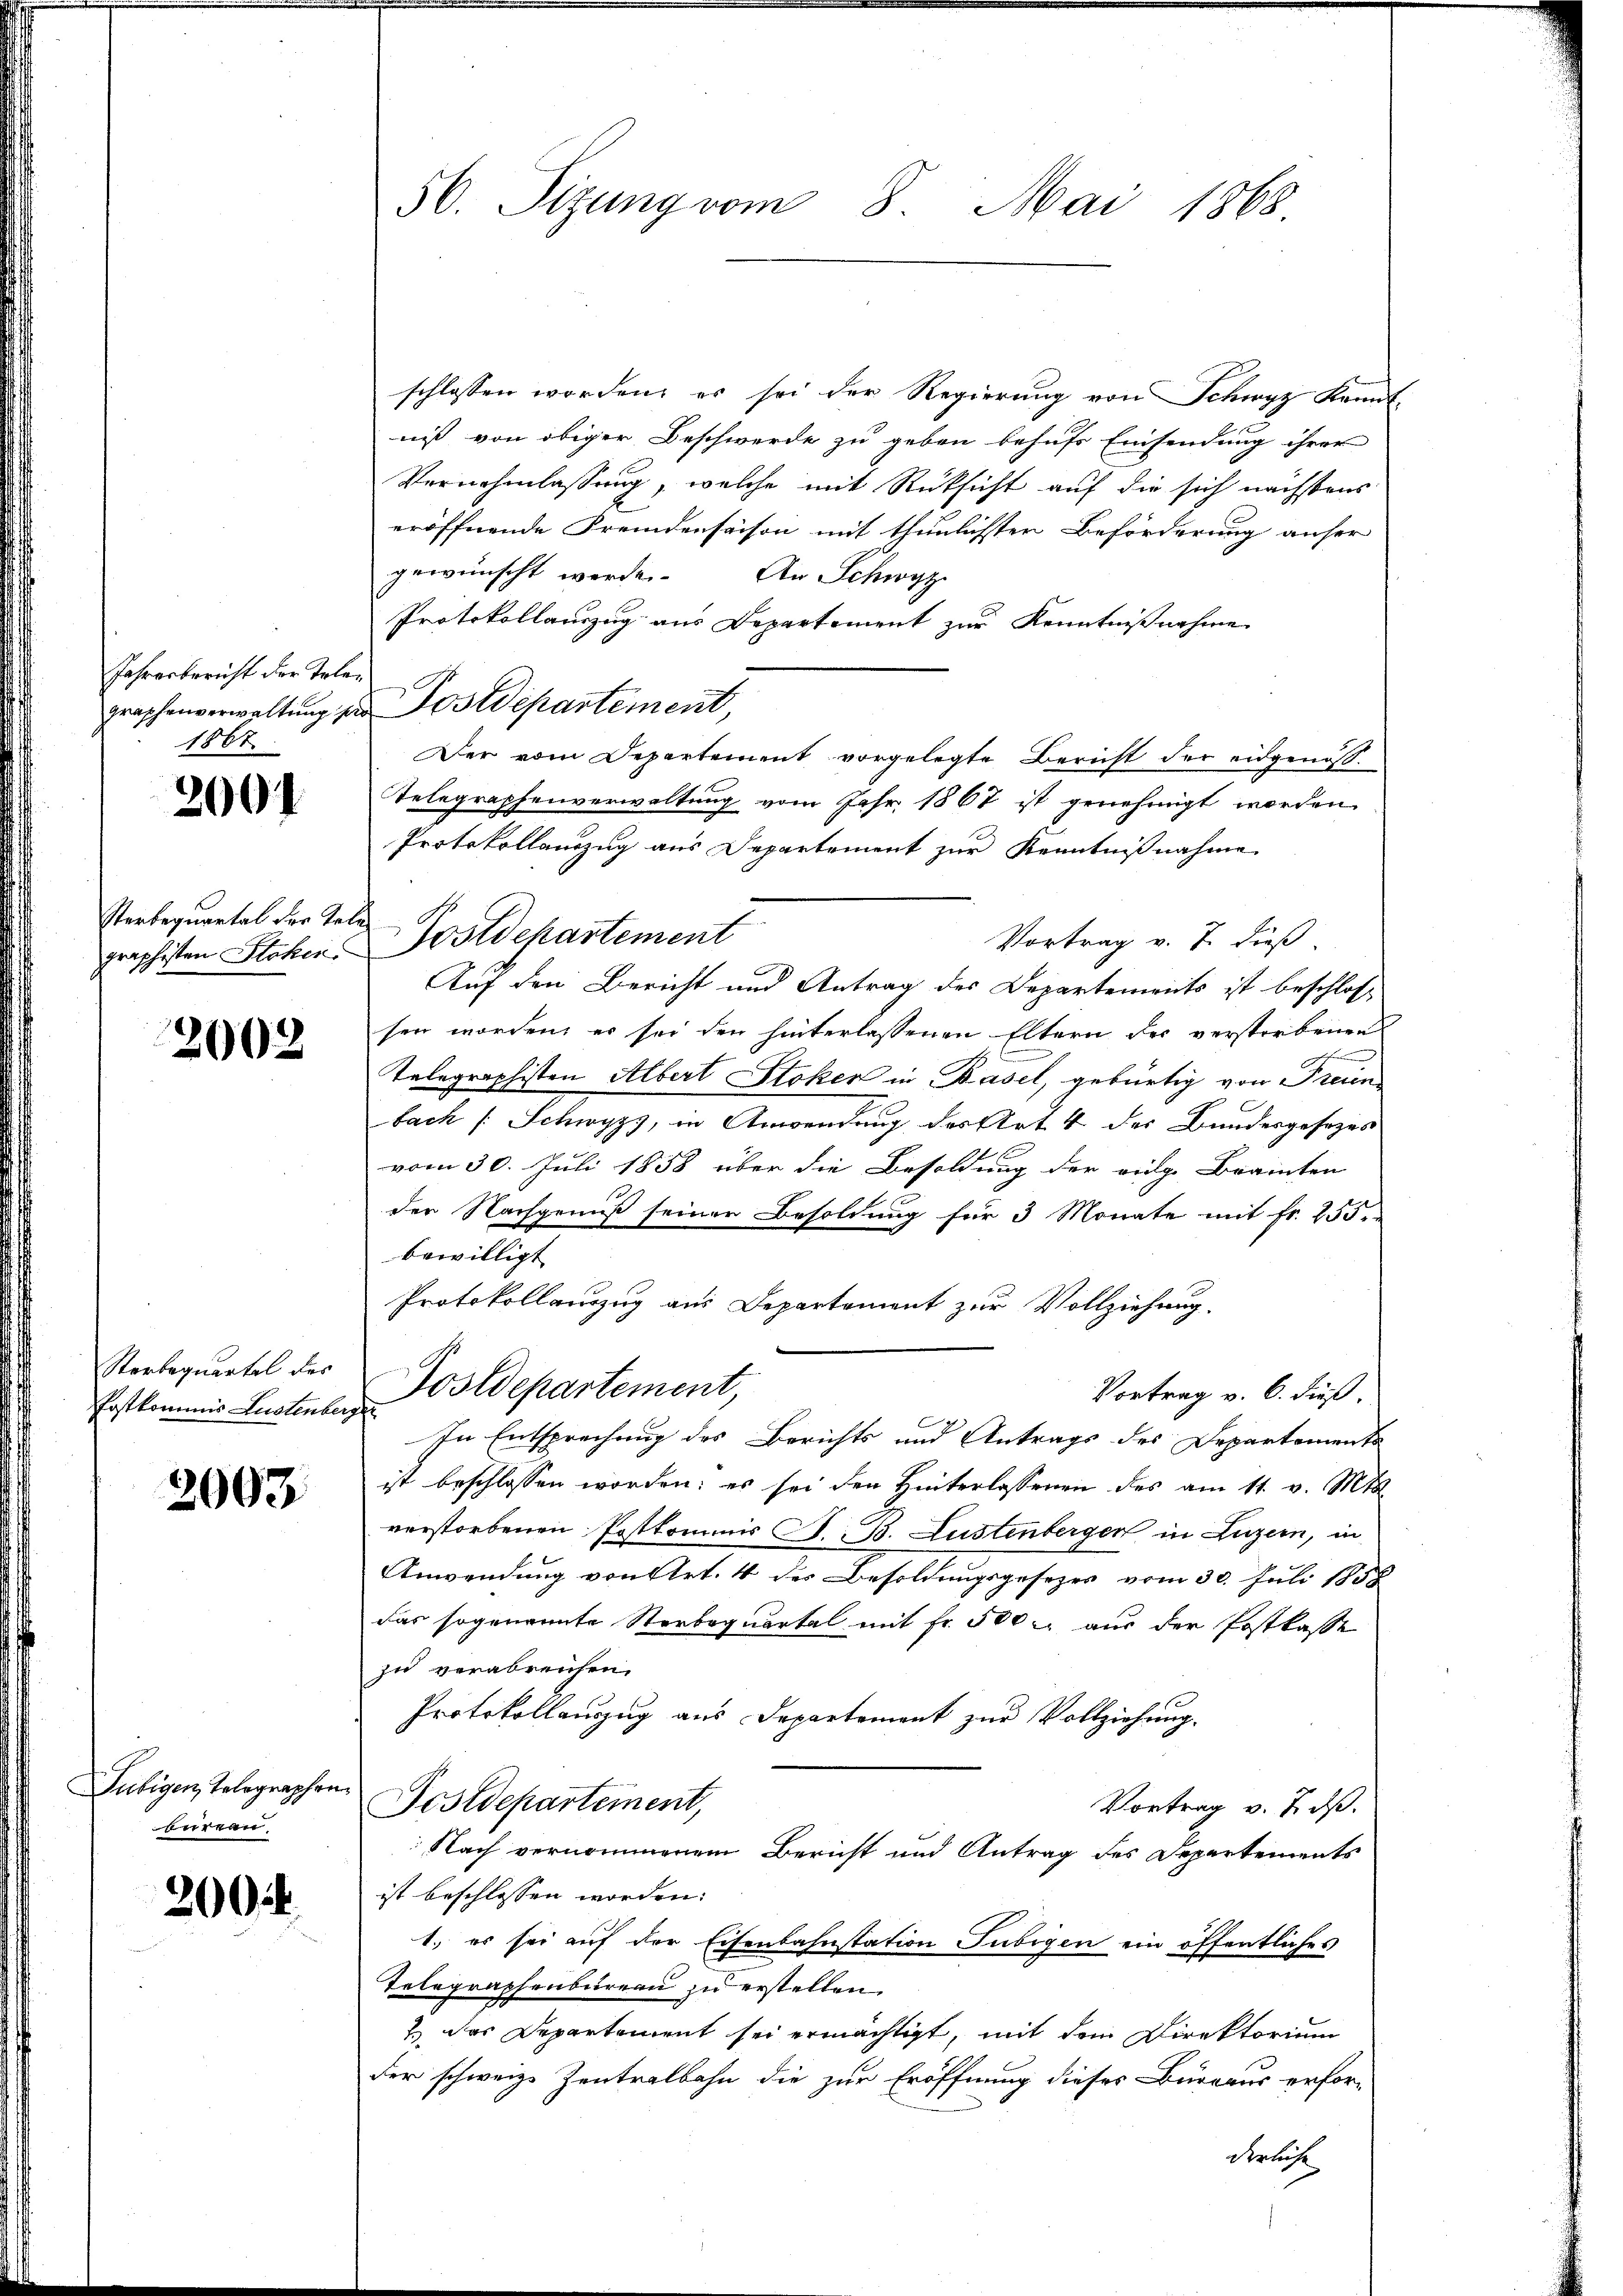
Jahresbericht der Tele¬
1867

2001

Sterbequartal der Tele¬

2002

Sterbequartel des
Fostkommis Lustenberger

2003

Subigen, Telegraphen
büren.

200 f

56. Sizung vom 8. Mai 1868

schlossen worden, es sei der Regierung von Schwyz kannt-
nis von obiger Beschwerde zu geben behufs Einsendung ihrer
Vernehmlassung, welche mit Rücksicht auf die sich nächstens
eröffnende Fremdensaison mit thunlichsten Beförderung anser
gewünscht werde. An Schwyz
Protokollauszug aus Departement zur Kenntnißnahme
graphenverwaltung der Postdepartement,
Der vom Departement vorgelegte Bericht der eidgenös¬
Telegraphenverwaltung vom Jahr 1867 ist genehmigt worden
Protokollanzug aus Departement zur Kenntnißnahme
Vortrag v. J. dieß
Auf den Bericht und Antrag des Departements ist beschlos
sen worden, er sei den hinterlassenen Eltern des verstorbenen
Telegraphisten Albert Stoker in Basel, gebürtig von Freun
bach /: Schwyz, in Anwendung des Art 4 des Bundesgesezes
vom 30. Juli 1858 über die Besoldung der vige Brannten
der Nachgenuß seiner Besoldung für 3 Monate mit fr. 255.
bewilligt
Protokollanzug aus Departement zur Vollziehung.
Postdepartement
Vortrag v. 6. dieß.
In Entsprechung des Berichts und Antrags des Departements
ist beschlossen worden; es sei den Hinterlassenen des am 11. v. Mts.
verstorbenen Postkommnis S. B. Lustenberger in Luzern, in
Anwendung von Art. 4 des Besoldungsgesezes vom 30. Juli 1857
das sogenannte Sterbaquartal mit Fr. 500 aus der Postkasse
zu verabreichen.
Protokollauszug aus Departement zur Vollziehung.
Festdepartement,
Vortrag v. J. dß.
Nach vernommenem Bericht und Antrag des Departements
ist beschlossen worden.
1.) es sei auf der Eisenbahnstation Jubigen ein öffentliches
Telegraphenbureau zu erstellen.
7.) Das Departement sei ermächtigt, mit dem Direktorium
der schweiz. Zentralbahn die zur Eröffnung dieses Büreaus erforderliche

graphisten Stoker. Postdepartement